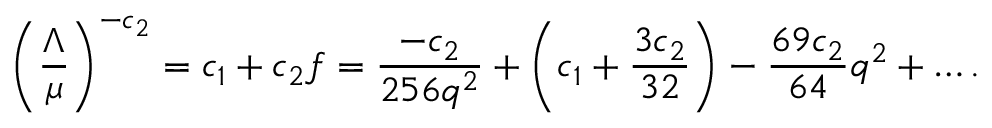
\left( { \frac { \Lambda } { \mu } } \right) ^ { - c _ { 2 } } = c _ { 1 } + c _ { 2 } f = { \frac { - c _ { 2 } } { 2 5 6 q ^ { 2 } } } + \left( c _ { 1 } + { \frac { 3 c _ { 2 } } { 3 2 } } \right) - { \frac { 6 9 c _ { 2 } } { 6 4 } } q ^ { 2 } + \dots .